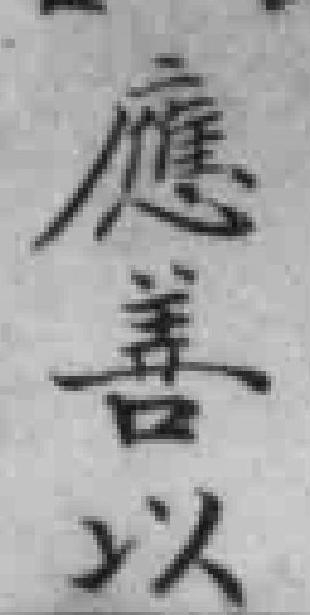
應善以